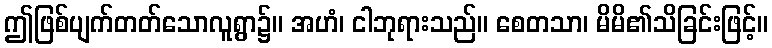
ဤဖြစ်ပျက်တတ်သောလူရွာ၌။ အဟံ၊ ငါဘုရားသည်။ စေတသာ၊ မိမိ၏သိခြင်းဖြင့်။